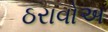
ઠરાવોઅ